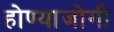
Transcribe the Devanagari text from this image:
होण्याजोगी